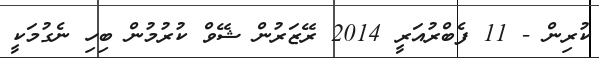
ކުރިން - 11 ފެބްރުއަރީ 2014 ރޭޒަރުން ޝޭވް ކުރުމުން ބިހި ނެގުމަކީ